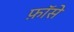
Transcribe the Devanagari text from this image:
फ़ॉसे